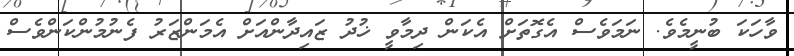
ވާހަކަ ބުނީމެވެ. ނަމަވެސް އެގޮތަށް އެކަން ދިމާވީ ޚުދު ޒައިދާންއަށް އެމަންޒަރު ފެނުމުންކަންވެސް